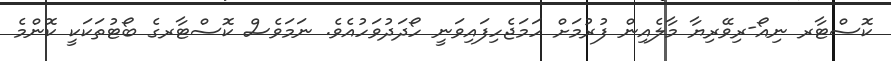
ކޮސްޓާރ ނިއޯ-ރިވޭރިޔާ މާލެއިން ފުރުމަށް ހަމަޖެހިފައިވަނީ ހޯދަދުވަހުއެވެ. ނަމަވެސް ކޮސްޓާރގެ ބޯޓުތަކަކީ ކޮންމެ